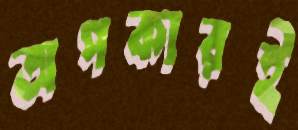
অপকারই